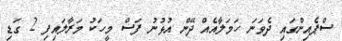
ސްޕެއިންގައި ދެވަނަ ހަމަލާއެއް ދޭން އުޅުނު ފަސް މީހަކު މަރާލައިފި 2 ގަޑި